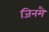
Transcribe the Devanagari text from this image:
जिनमैं